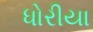
ધોરીયા